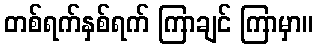
တစ်ရက်နှစ်ရက် ကြာချင် ကြာမှာ။